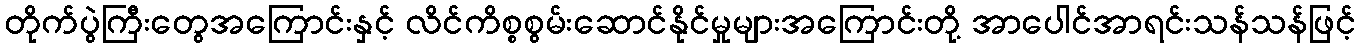
တိုက်ပွဲကြီးတွေအကြောင်းနှင့် လိင်ကိစ္စစွမ်းဆောင်နိုင်မှုများအကြောင်းတို့ အာပေါင်အာရင်းသန်သန်ဖြင့်